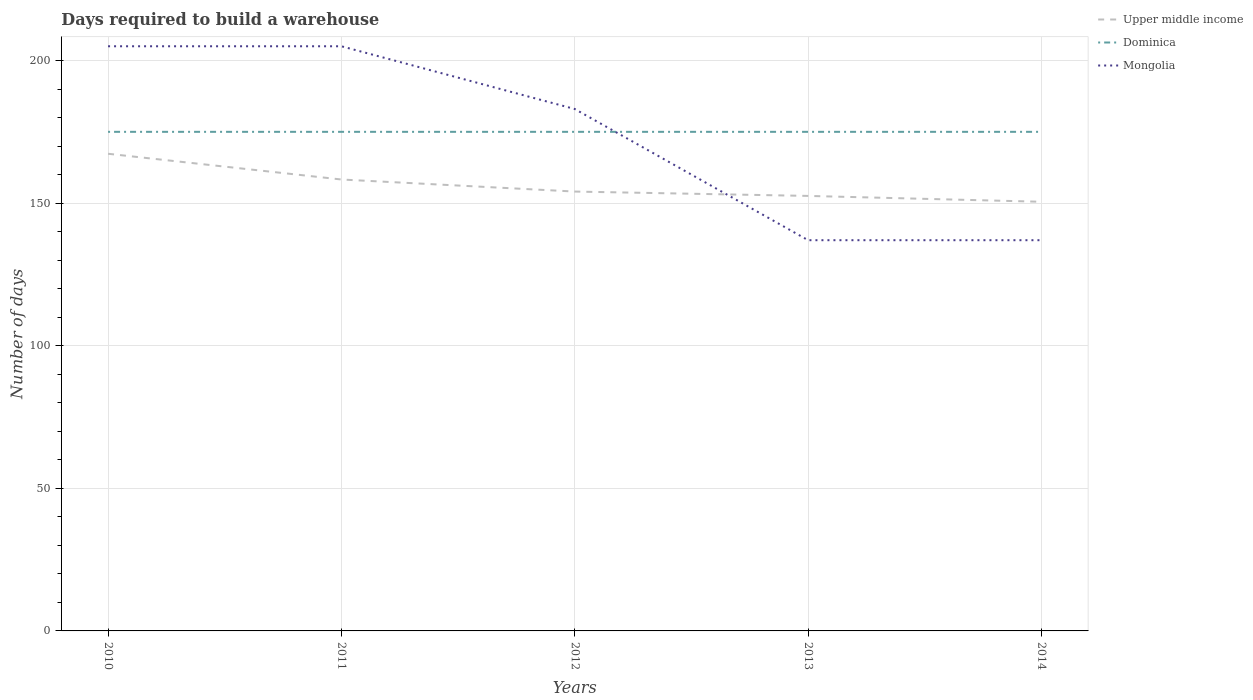
| Years | Upper middle income | Dominica | Mongolia |
 | --- | --- | --- | --- |
 | 2010 | 167 | 175 | 205 |
 | 2011 | 158 | 175 | 205 |
 | 2012 | 154 | 175 | 183 |
 | 2013 | 153 | 175 | 137 |
 | 2014 | 150 | 175 | 137 |